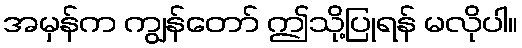
အမှန်က ကျွန်တော် ဤသို့ပြုရန် မလိုပါ။